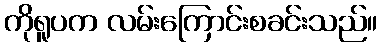
ကိုရူပက လမ်းကြောင်းစခင်းသည်။